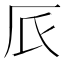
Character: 𠨸